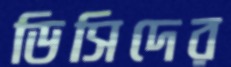
ডিসিদের